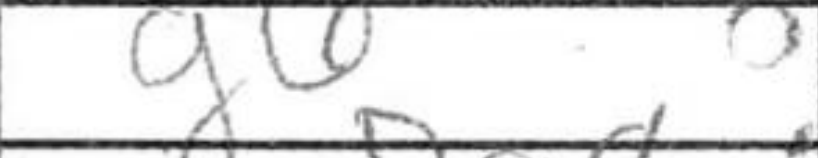
Transcription: g6